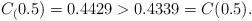
LaTeX: \begin{align*}C_(0.5)= 0.4429 > 0.4339 = C(0.5).\end{align*}